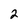
Character: 2